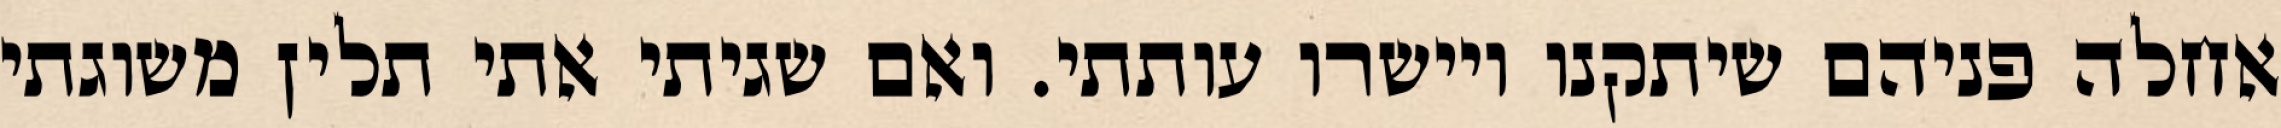
אחלה פניהם שיתקנו ויישרו עותתי. ואם שגיתי אתי תלין משוגתי